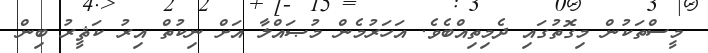
މީސްތަކުން މިގޮތުގައި ދެމިތިއްބެވެ. އަހަރުމެން މުޞައްލާ އަށް ނިކުތް އިރު ކަޘީރު ބިން